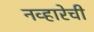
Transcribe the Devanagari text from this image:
नव्हारेची